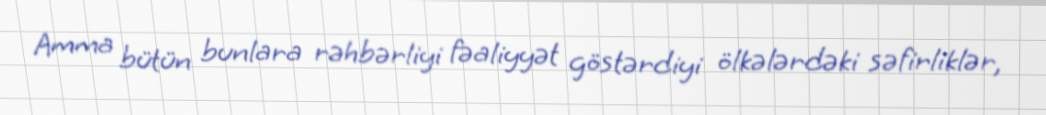
Amma bütün bunlara rəhbərliyi fəaliyyət göstərdiyi ölkələrdəki səfirliklər,